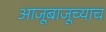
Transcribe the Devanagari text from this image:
आजूबाजूच्याच